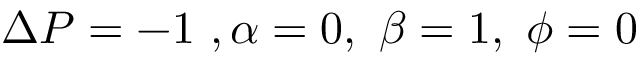
\Delta P = - 1 ~ , \alpha = 0 , ~ \beta = 1 , ~ \phi = 0